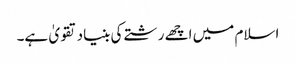
اسلام میں اچھے رشتے کی بنیاد تقویٰ ہے۔